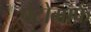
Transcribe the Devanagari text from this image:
पैंटोग्राफ़